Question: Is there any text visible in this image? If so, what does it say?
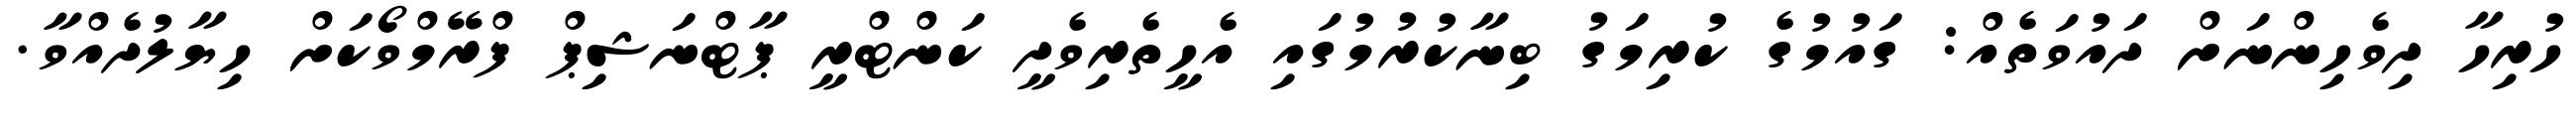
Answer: ހުރިހާ ދިވެހިންނަށް ދައުވަތެއް: ގައުމުގެ ކުރިމަގު ބިނާކުރުމުގައި އެހީތެރިވެދީ ކަންޓްރީ ޕާޓްނަޝިޕް ފްރޭމްވޯކަށް ހިޔާލުދެއްވާ.